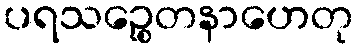
ပရသဉ္စေတနာဟေတု